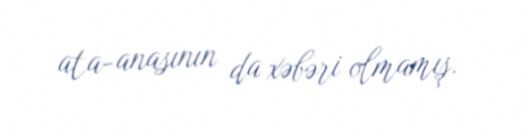
ata-anasının da xəbəri olmamış.